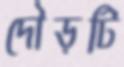
দৌড়টি